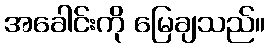
အခေါင်းကို မြေချသည်။